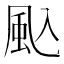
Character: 𮨦